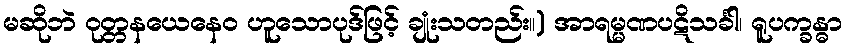
မဆိုဘဲ ဝုတ္တနယေနေဝ ဟူသောပုဒ်ဖြင့် ချုံးသတည်း။) အာရမ္မဏပဋိသင်္ခါ၊ ရူပက္ခန္ဓာ